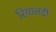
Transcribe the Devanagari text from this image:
रियालटी